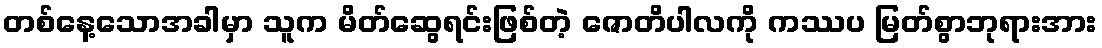
တစ်နေ့သောအခါမှာ သူက မိတ်ဆွေရင်းဖြစ်တဲ့ ဇောတိပါလကို ကဿပ မြတ်စွာဘုရားအား